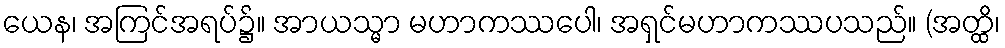
ယေန၊ အကြင်အရပ်၌။ အာယသ္မာ မဟာကဿပေါ၊ အရှင်မဟာကဿပသည်။ (အတ္ထိ၊